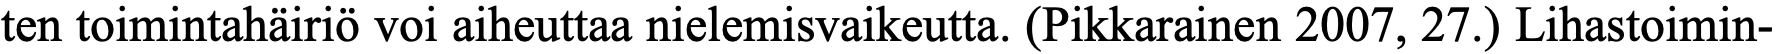
ten toimintahäiriö voi aiheuttaa nielemisvaikeutta. (Pikkarainen 2007, 27.) Lihastoimin-